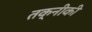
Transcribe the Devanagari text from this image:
तक्नीकी